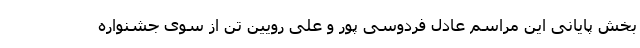
بخش پایانی این مراسم عادل فردوسی پور و علی رویین تن از سوی جشنواره